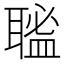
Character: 𦗃